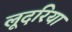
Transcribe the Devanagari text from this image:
लूदरिया